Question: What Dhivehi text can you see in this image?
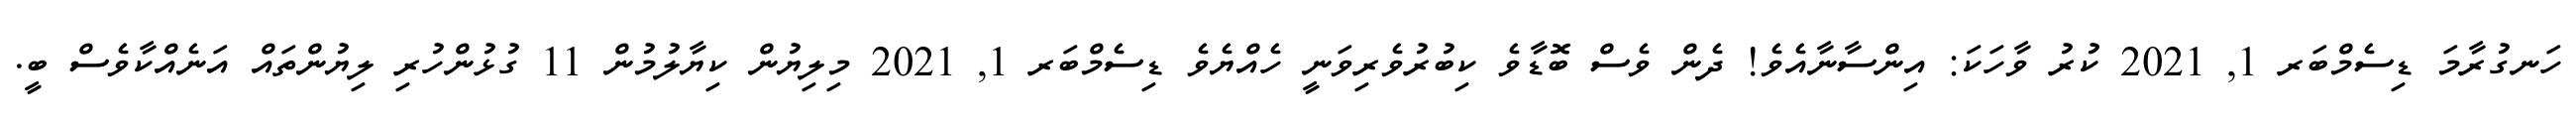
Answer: ހަނގުރާމަ ޑިސެމްބަރ 1, 2021 ކުރު ވާހަކަ: އިންސާނާއެވެ! ދެން ވެސް ބޮޑާވެ ކިބުރުވެރިވަނީ ހެއްޔެވެ ޑިސެމްބަރ 1, 2021 މިލިޔުން ކިޔާލުމުން 11 ގުޅުންހުރި ލިޔުންތައް އަނެއްކާވެސް ބީ.